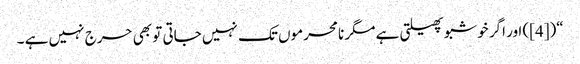
“([4]) اور اگر خوشبو پھیلتی ہے مگر نامحرموں تک نہیں جاتی تو بھی حرج نہیں ہے ۔